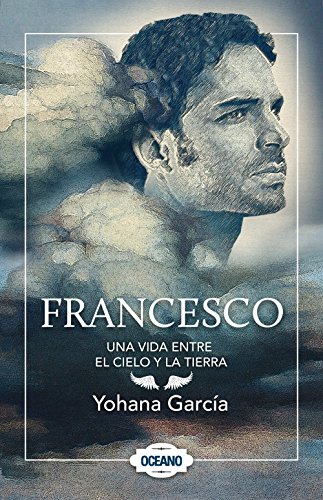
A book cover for Francesco: Una vida entre el cielo y la tierra (Spanish Edition); Yohana GarcÃ­a; Literature & Fiction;